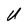
Character: U